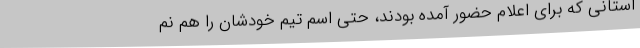
استانی که برای اعلام حضور آمده بودند، حتی اسم تیم خودشان را هم نم